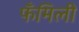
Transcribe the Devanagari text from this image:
फँमिली